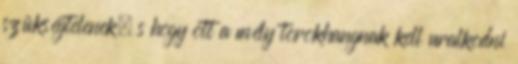
szükségtelenek, s hogy ott a mély torokhangnak kell uralkodni